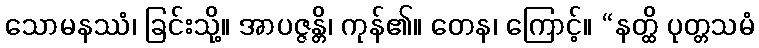
သောမနဿံ၊ ခြင်းသို့။ အာပဇ္ဇန္တိ၊ ကုန်၏။ တေန၊ ကြောင့်။ “နတ္ထိ ပုတ္တသမံ